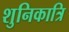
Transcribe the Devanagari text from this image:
शुनिकात्रि